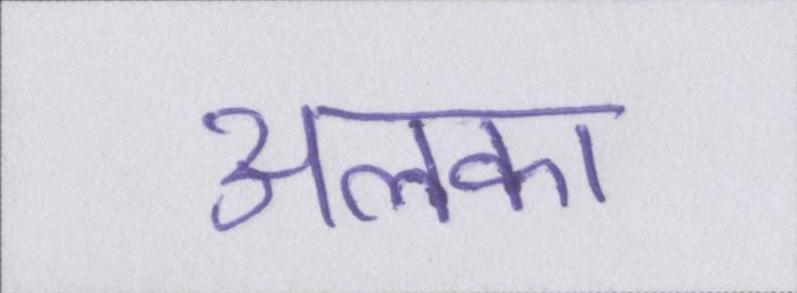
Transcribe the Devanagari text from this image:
अलका